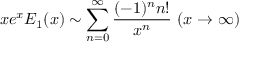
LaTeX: x e ^ { x } E _ { 1 } ( x ) \sim \sum _ { n = 0 } ^ { \infty } { \frac { ( - 1 ) ^ { n } n ! } { x ^ { n } } } \ ( x \to \infty )